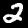
Digit: 2